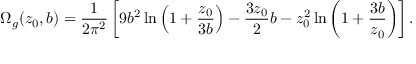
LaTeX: \Omega _ { g } ( z _ { 0 } , b ) = { \frac { 1 } { 2 \pi ^ { 2 } } } \left[ 9 b ^ { 2 } \ln \left( 1 + { \frac { z _ { 0 } } { 3 b } } \right) - { \frac { 3 z _ { 0 } } { 2 } } b - z _ { 0 } ^ { 2 } \ln \left( 1 + { \frac { 3 b } { z _ { 0 } } } \right) \right] .